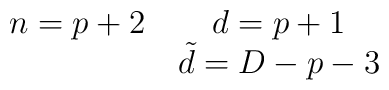
\matrix{ n=p+2 & d=p+1 \cr \null &{\tilde d}= D-p-3     \cr}